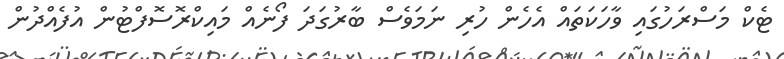
ޓެކް މަސްރަހުގައި ވާހަކަތައް އެހެން ހުރި ނަމަވެސް ބާރުގަދަ ފޯނެއް މައިކްރޮސޮފްޓުން އުފެއްދުން